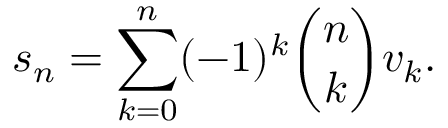
s _ { n } = \sum _ { k = 0 } ^ { n } ( - 1 ) ^ { k } { \binom { n } { k } } v _ { k } .